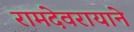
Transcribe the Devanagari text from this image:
रामदेवरायाने